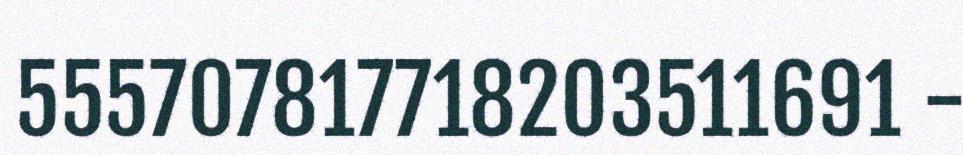
555707817718203511691 -